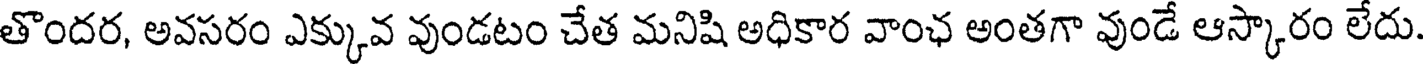
తొందర, అవసరం ఎక్కువ వుండటం చేత మనిషి అధికార వాంఛ అంతగా వుండే ఆస్కారం లేదు